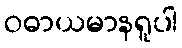
ဝဓာယမာနရူပါ